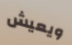
ويعيش